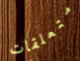
متعلقات